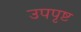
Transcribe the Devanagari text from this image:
उपपृष्ट